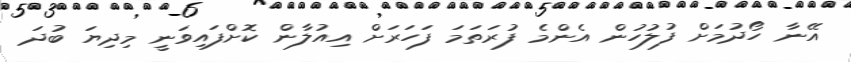
އޭނާ ހޯދުމަށް ފުލުހުން އެންމެ ފުރަތަމަ ފަހަރަށް އިއުލާން ކޮށްފައިވަނީ މިދިޔަ ބުދަ